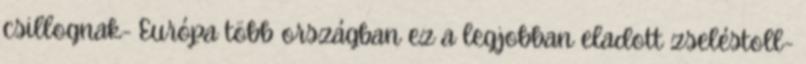
csillognak- Európa több országban ez a legjobban eladott zseléstoll-